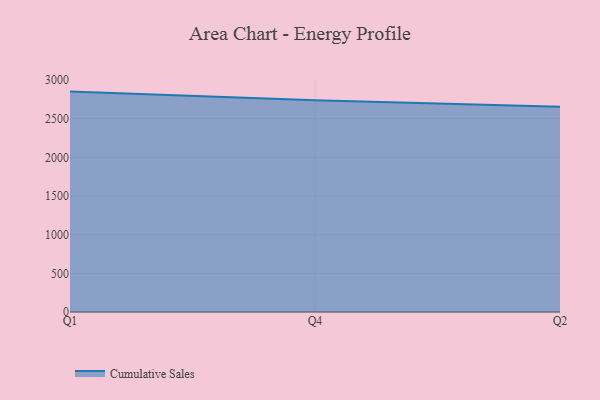
{"axis": {"x": "Quarter", "y": "Net Income (USD K)"}, "legend": ["Cumulative Sales"], "data": [{"x": "Q1", "y": 2851.2, "type": "Cumulative Sales"}, {"x": "Q4", "y": 2738.5, "type": "Cumulative Sales"}, {"x": "Q2", "y": 2653.6, "type": "Cumulative Sales"}]}